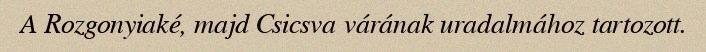
A Rozgonyiaké, majd Csicsva várának uradalmához tartozott.